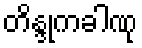
တိန္ဒုကခါဏု